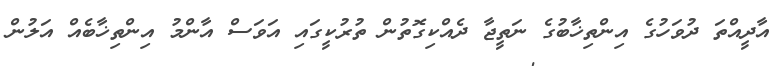
އާދީއްތަ ދުވަހުގެ އިންތިޚާބުގެ ނަތީޖާ ދެއްކިގޮތުން ތުރުކީގައި އަވަސް އާންމު އިންތިޚާބެއް އަލުން